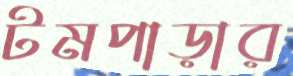
টমপাড়ার